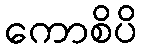
ကောစိပိ